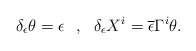
\begin{align*}\delta_\epsilon \theta = \epsilon \ \ , \ \ \delta_\epsilon X^i =\overline{\epsilon} \Gamma^i \theta .\end{align*}